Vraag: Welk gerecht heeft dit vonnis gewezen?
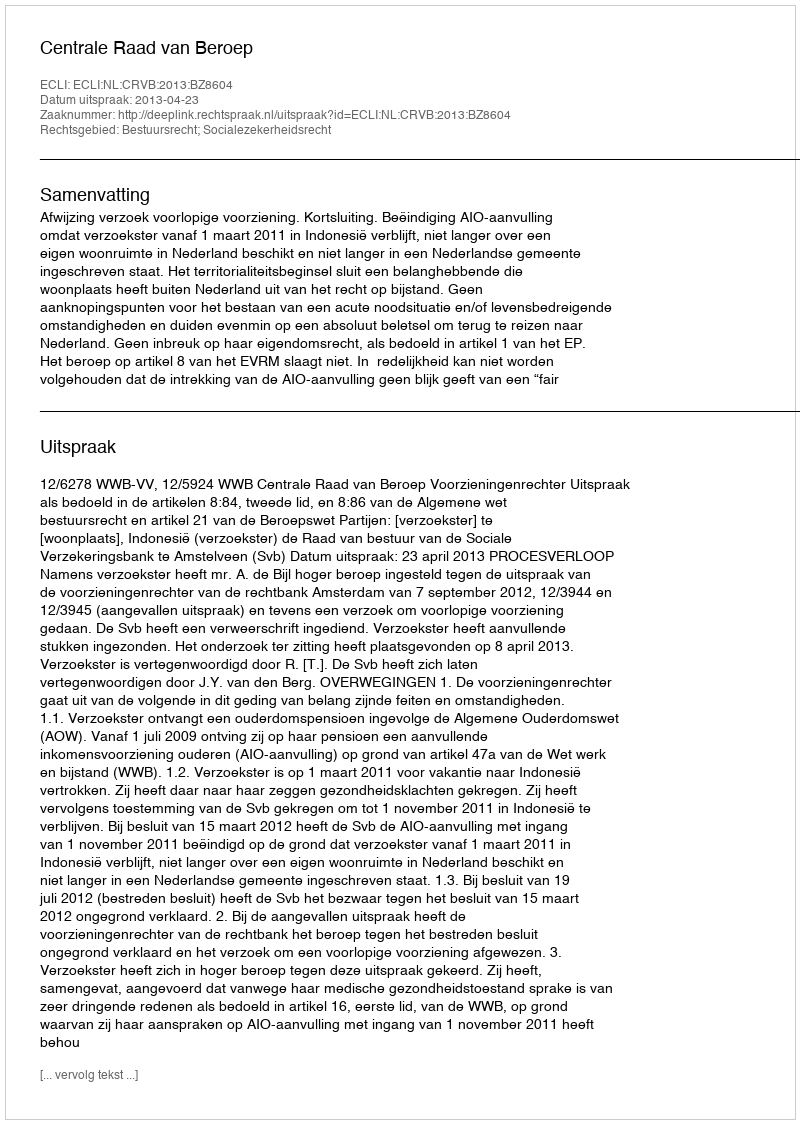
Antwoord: Centrale Raad van Beroep